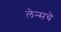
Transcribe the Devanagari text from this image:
लेन्सचे